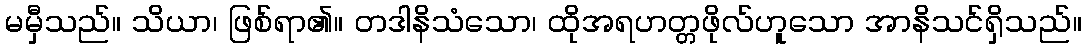
မမှီသည်။ သိယာ၊ ဖြစ်ရာ၏။ တဒါနိသံသော၊ ထိုအရဟတ္တဖိုလ်ဟူသော အာနိသင်ရှိသည်။